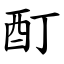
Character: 酊